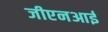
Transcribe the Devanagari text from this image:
जीएनआई